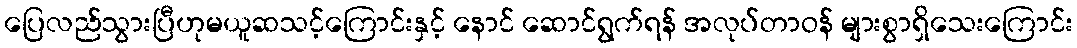
ပြေလည်သွားပြီဟုမယူဆသင့်ကြောင်းနှင့် နောင် ဆောင်ရွက်ရန် အလုပ်တာဝန် များစွာရှိသေးကြောင်း